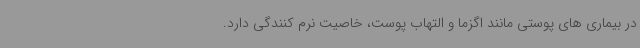
در بیماری های پوستی مانند اگزما و التهاب پوست، خاصیت نرم کنندگی دارد.